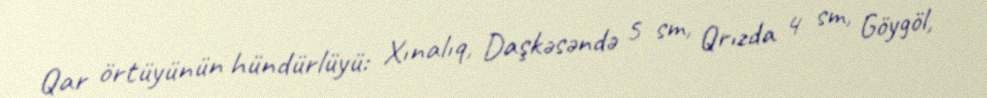
Qar örtüyünün hündürlüyü: Xınalıq, Daşkəsəndə 5 sm, Qrızda 4 sm, Göygöl,